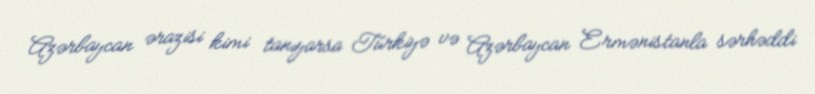
Azərbaycan ərazisi kimi tanıyarsa Türkiyə və Azərbaycan Ermənistanla sərhəddi